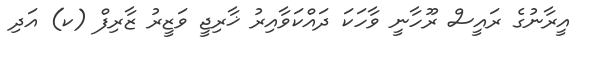
އީރާނުގެ ރައީސް ރޫހާނީ ވާހަކަ ދައްކަވާއިރު ޚާރިޖީ ވަޒީރު ޒާރިފް (ކ) އަދި